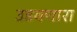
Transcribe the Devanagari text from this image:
उडवणारा